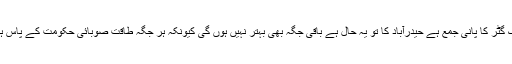
اخبارات کی تصاویر اور خبروں کے مطابق ریلوے اسٹیشنزکے باہر تک گٹر کا پانی جمع ہے حیدرآباد کا تو یہ حال ہے باقی جگہ بھی بہتر نہیں ہوں گی کیونکہ ہر جگہ طاقت صوبائی حکومت کے پاس ہے اور جو کچھ اداروں کو مل رہا ہے وہ بھی مل بانٹ کر کھا رہے ہیں۔